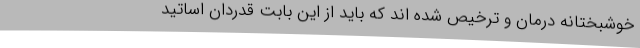
خوشبختانه درمان و ترخیص شده اند که باید از این بابت قدردان اساتید